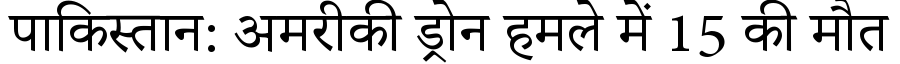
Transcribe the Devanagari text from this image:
पाकिस्तान: अमरीकी ड्रोन हमले में 15 की मौत